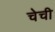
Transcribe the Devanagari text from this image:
चेची